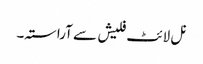
نل لائٹ فلیش سے آراستہ۔